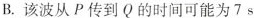
B.该波从P传到Q的时间可能为7s